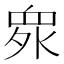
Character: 𱲻